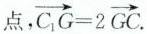
点，$$\overrightarrow { C _ { 1 }G } = 2 \overrightarrow { G C }$$.